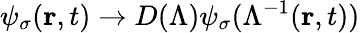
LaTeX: \psi_{\sigma}(\mathbf{r},t)\rightarrow D(\Lambda)\psi_{\sigma}(\Lambda^{-1}(\mathbf{r},t))